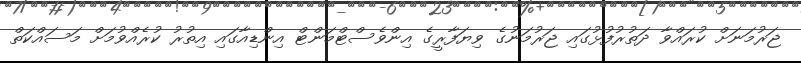
ޖަރުމަނަށް ކުރައްވާ ދަތުރުފުޅުގައި ޖަރުމަނުގެ ވިޔަފާރީގެ އިންވެސްޓްމަންޓް އިންޑިއާގައި އިތުރު ކުރެއްވުމަށް މަސައްކަތް